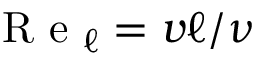
\mathrm { ~ R ~ e ~ } _ { \ell } = v \ell / \nu